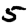
Digit: 5